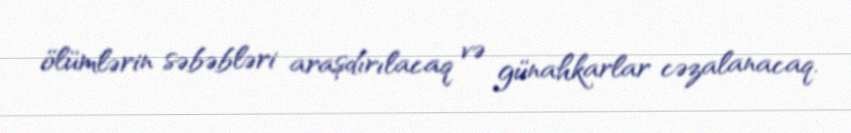
ölümlərin səbəbləri araşdırılacaq və günahkarlar cəzalanacaq.